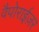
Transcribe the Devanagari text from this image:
वैपोराईज़र